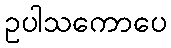
ဥပါသကောပေ